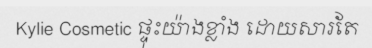
Kylie Cosmetic ផ្ទុះយ៉ាងខ្លាំង ដោយសារតែ